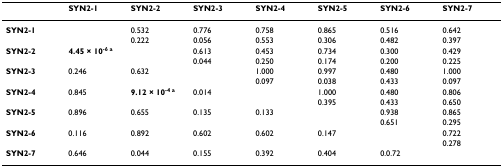
<table><thead><tr><td></td><td><b>SYN2-1</b></td><td><b>SYN2-2</b></td><td><b>SYN2-3</b></td><td><b>SYN2-4</b></td><td><b>SYN2-5</b></td><td><b>SYN2-6</b></td><td><b>SYN2-7</b></td></tr></thead><tbody><tr><td><b>SYN2-1</b></td><td></td><td>0.532</td><td>0.776</td><td>0.758</td><td>0.865</td><td>0.516</td><td>0.642</td></tr><tr><td></td><td></td><td>0.222</td><td>0.056</td><td>0.553</td><td>0.306</td><td>0.482</td><td>0.397</td></tr><tr><td><b>SYN2-2</b></td><td><b>4.45 × 10<sup>-6 a</sup></b></td><td></td><td>0.613</td><td>0.453</td><td>0.734</td><td>0.300</td><td>0.429</td></tr><tr><td></td><td></td><td></td><td>0.044</td><td>0.250</td><td>0.174</td><td>0.200</td><td>0.225</td></tr><tr><td><b>SYN2-3</b></td><td>0.246</td><td>0.632</td><td></td><td>1.000</td><td>0.997</td><td>0.480</td><td>1.000</td></tr><tr><td></td><td></td><td></td><td></td><td>0.097</td><td>0.038</td><td>0.433</td><td>0.097</td></tr><tr><td><b>SYN2-4</b></td><td>0.845</td><td><b>9.12 × 10<sup>-4 a</sup></b></td><td>0.014</td><td></td><td>1.000</td><td>0.480</td><td>0.806</td></tr><tr><td></td><td></td><td></td><td></td><td></td><td>0.395</td><td>0.433</td><td>0.650</td></tr><tr><td><b>SYN2-5</b></td><td>0.896</td><td>0.655</td><td>0.135</td><td>0.133</td><td></td><td>0.938</td><td>0.865</td></tr><tr><td></td><td></td><td></td><td></td><td></td><td></td><td>0.651</td><td>0.295</td></tr><tr><td><b>SYN2-6</b></td><td>0.116</td><td>0.892</td><td>0.602</td><td>0.602</td><td>0.147</td><td></td><td>0.722</td></tr><tr><td></td><td></td><td></td><td></td><td></td><td></td><td></td><td>0.278</td></tr><tr><td><b>SYN2-7</b></td><td>0.646</td><td>0.044</td><td>0.155</td><td>0.392</td><td>0.404</td><td>0.0.72</td><td></td></tr></tbody></table>